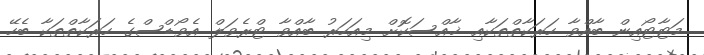
މަޓާޓޯއިން ބާއްވާ ހަރަކާތްތަކާއި ޚާއްސަކޮށް މިއަހަރު ބާއްވާ ޓްރެވަލް އެވޯޑްސްގެ ހަރަކާތްތަކާ ބެހޭ